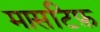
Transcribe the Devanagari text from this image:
मासटिफ़